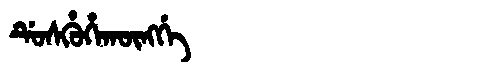
Manchu: ᡩᡠᠰᡥᡠᡥᠠᡴᡡᠩᡤᡝ
Romanization: DUSHUHAKŪNGGE